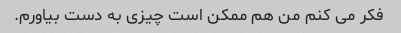
فکر می کنم من هم ممکن است چیزی به دست بیاورم.